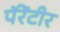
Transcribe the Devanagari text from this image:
पॅरेंटीर